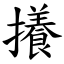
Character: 攁